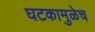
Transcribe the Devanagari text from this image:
घटकामुळेच